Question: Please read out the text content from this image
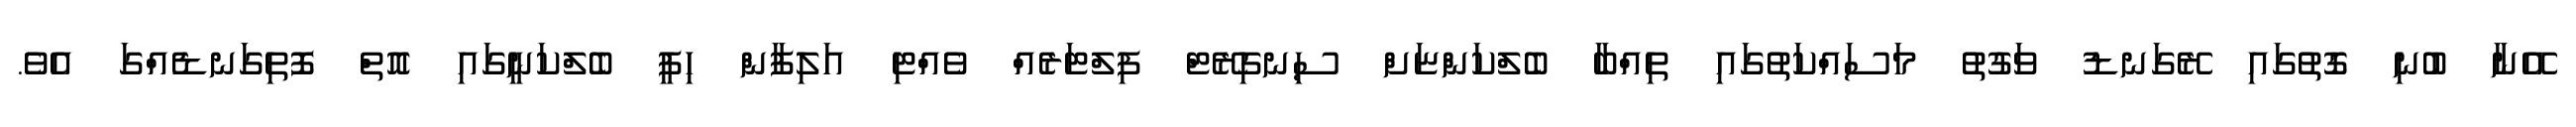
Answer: އޭނާ ބުނި ގޮތުގައި ރޭގަނޑު ވަގުތު މަސައްކަތުގައި ތިއްބާ ބެލްކަންޏަށް ސިނގިރޭޓް ފިލްޓަރެއް ވެއްޓި އަލިފާން ހިފީ ބެލްކަނީގައި އޮތް ފޮތިގަނޑެއްގަ އެވެ.